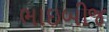
ભાઇબીજ